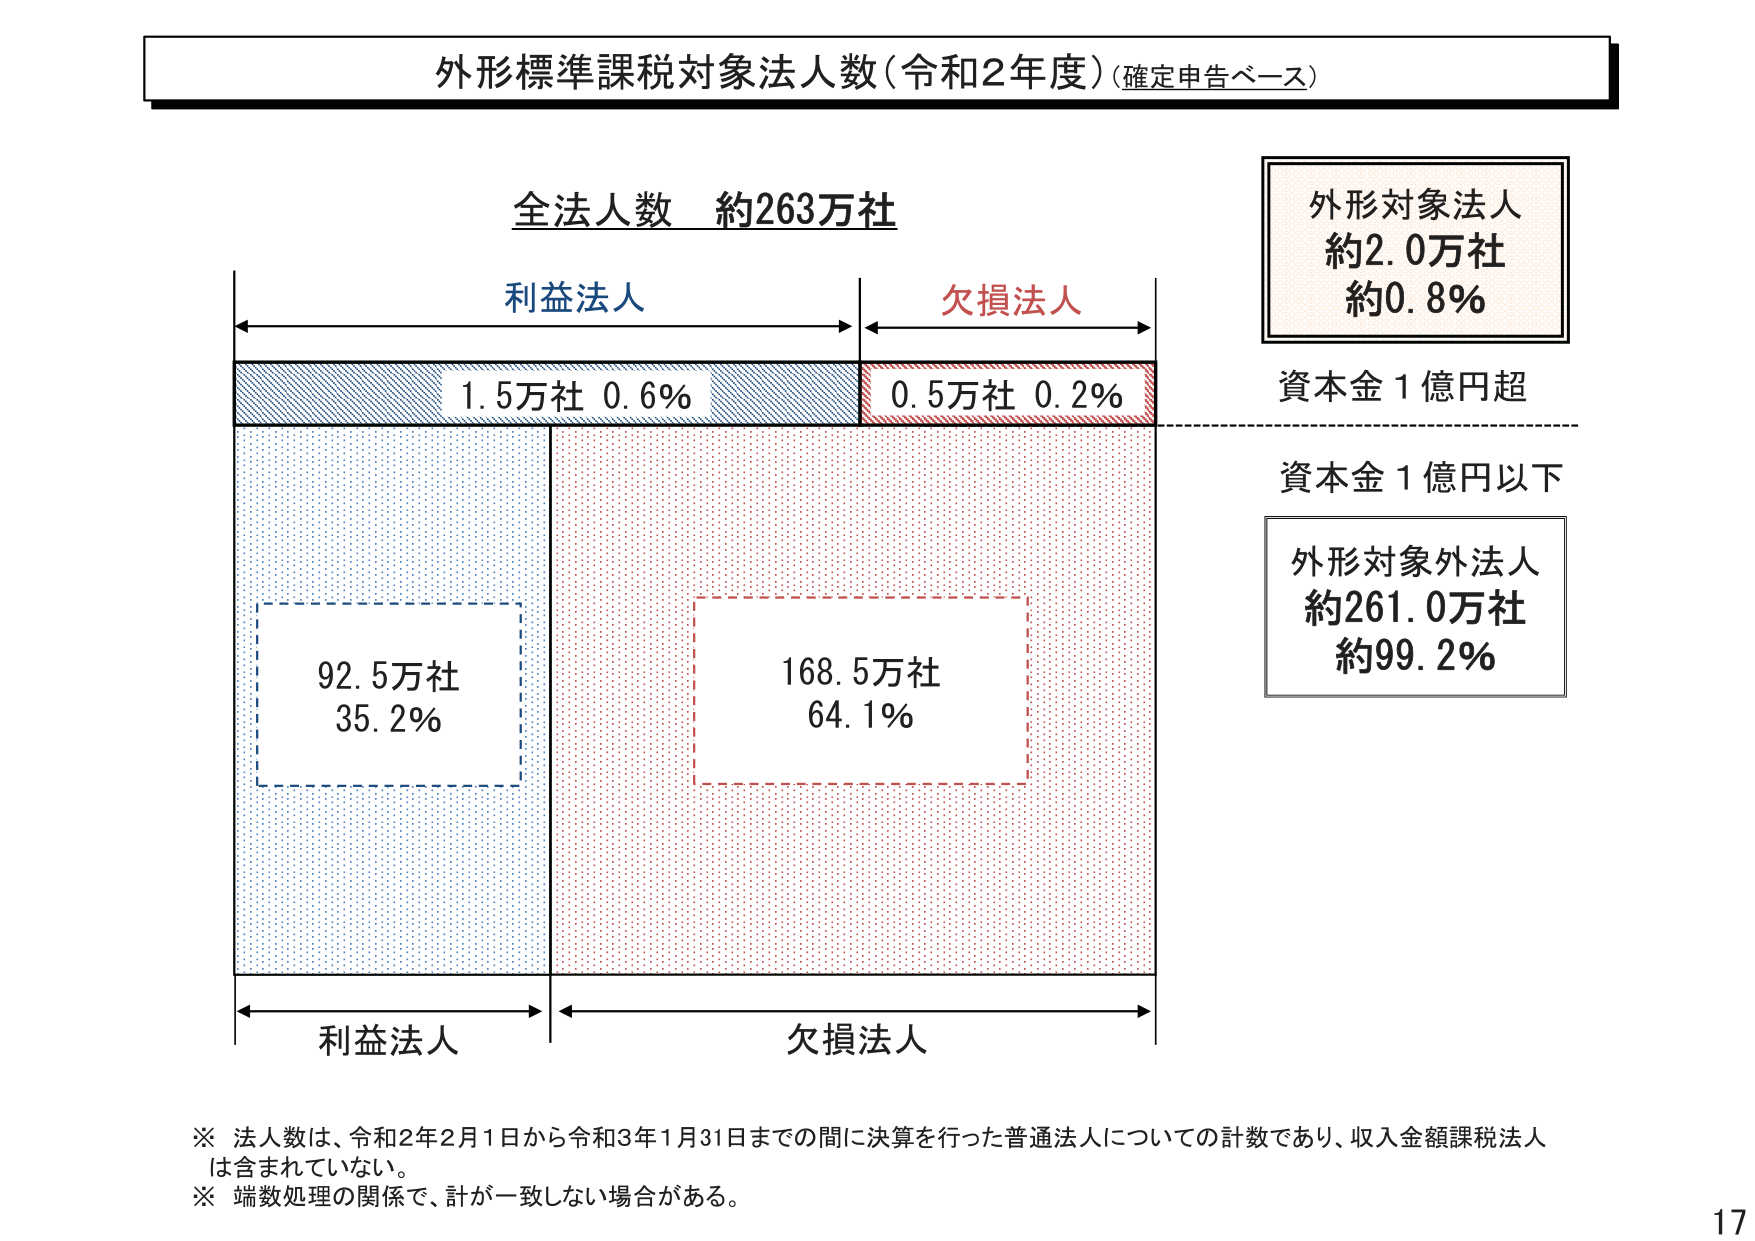
外形標準課税対象法人数（令和2年度）（確定申告ベース）

全法人数 約263万社

利益法人
欠損法人

1.5万社 0.6%
0.5万社 0.2%

資本金1億円超

資本金1億円以下

外形対象法人
約2.0万社
約0.8%

外形対象外法人
約261.0万社
約99.2%

92.5万社
35.2%

168.5万社
64.1%

利益法人
欠損法人

※ 法人数は、令和2年2月1日から令和3年1月31日までの間に決算を行った普通法人についての計数であり、収入金額課税法人は含まれていない。
※ 端数処理の関係で、計が一致しない場合がある。

17